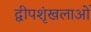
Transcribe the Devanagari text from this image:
द्वीपशृंखलाओं